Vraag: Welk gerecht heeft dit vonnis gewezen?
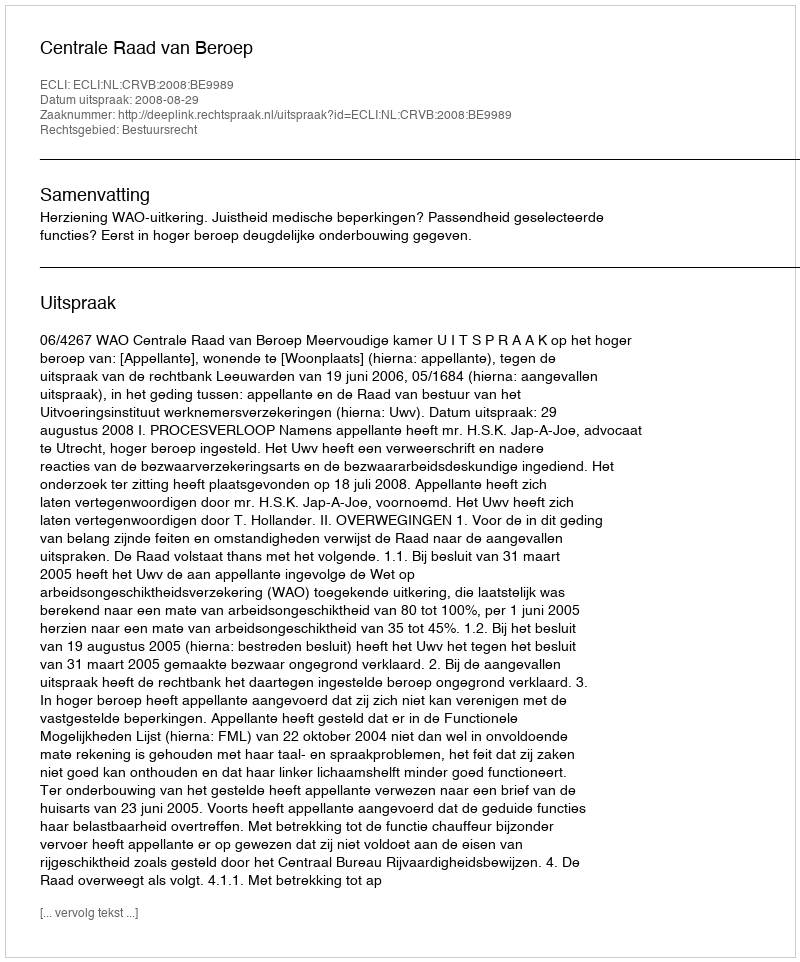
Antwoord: Centrale Raad van Beroep